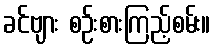
ခင်ဗျား စဉ်းစားကြည့်စမ်း။